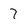
Character: 7